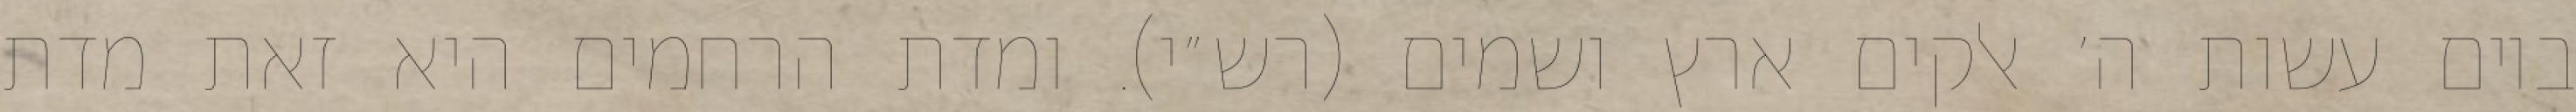
ביום עשות ה׳ אלקים ארץ ושמים (רש״י). ומדת הרחמים היא זאת מדת